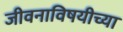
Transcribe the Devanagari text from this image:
जीवनाविषयीच्या